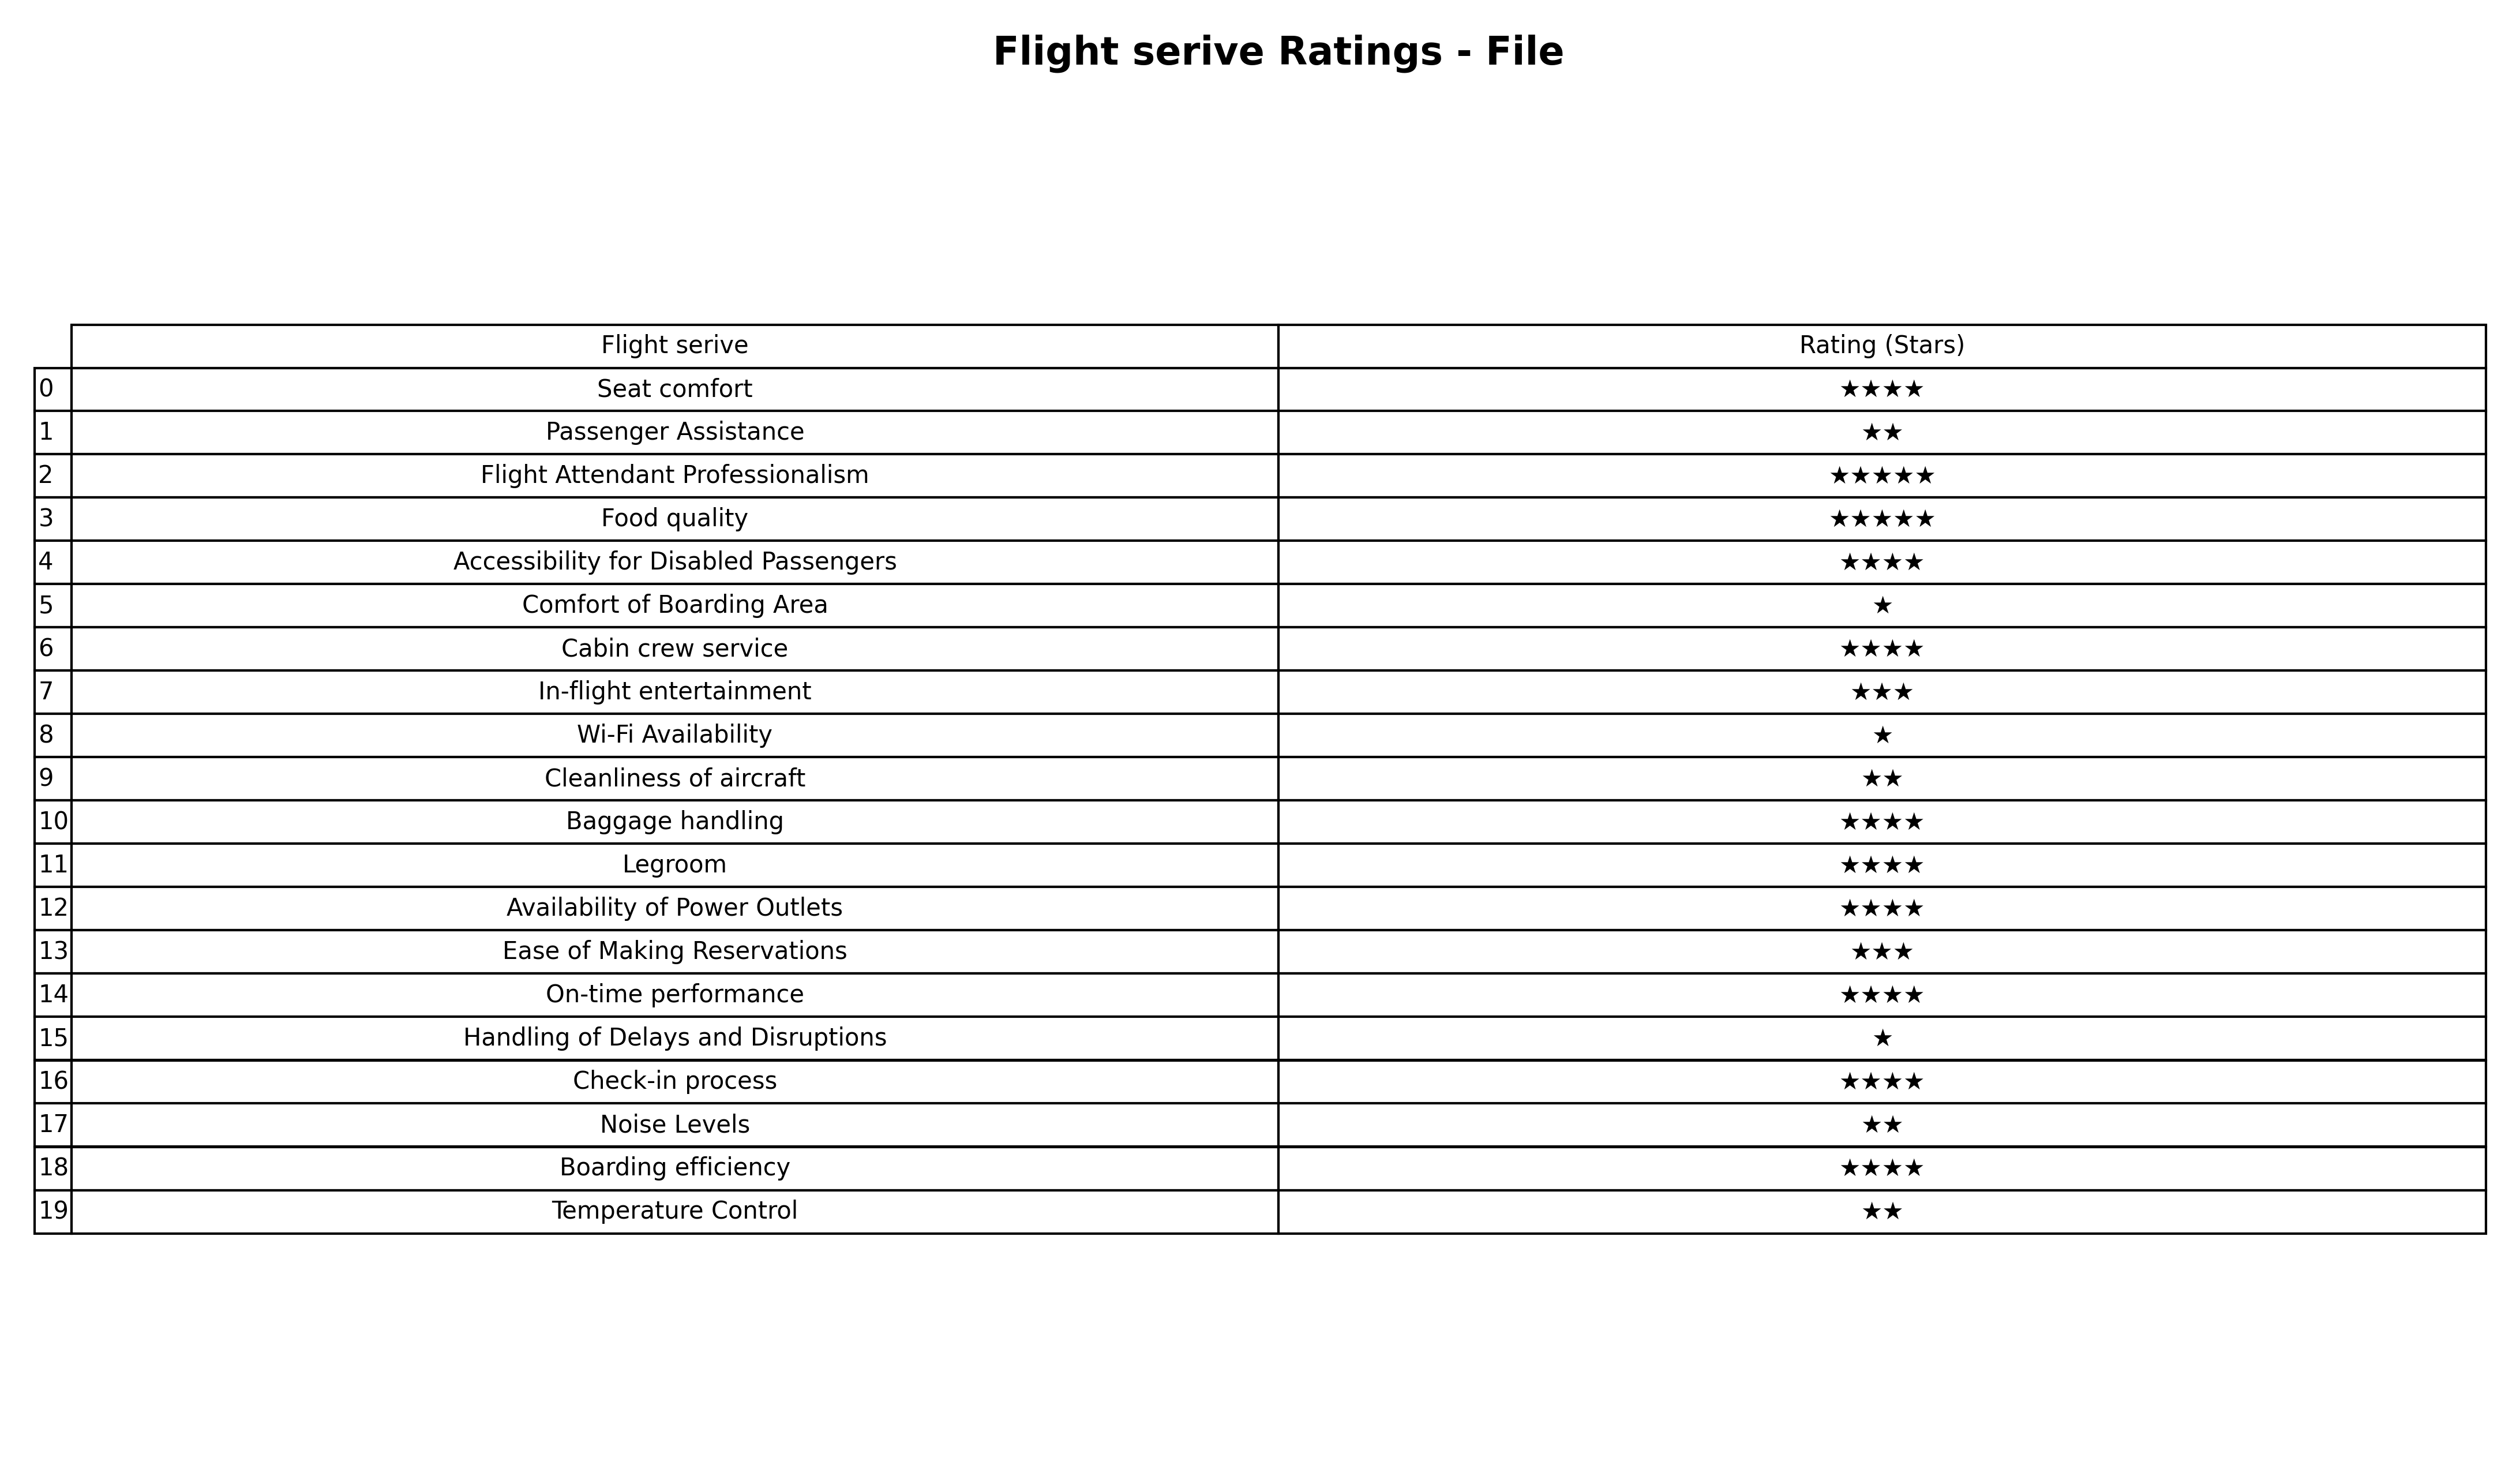
question: What is the rating of On-time performance?
answer: ★★★★